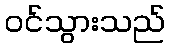
ဝင်သွားသည်